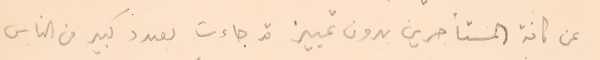
عن كافة المستأجرين بدون تمييز قد جاءت بعدد كبير من الناس